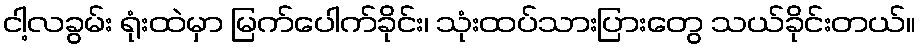
ငါ့လခွမ်း ရုံးထဲမှာ မြက်ပေါက်ခိုင်း၊ သုံးထပ်သားပြားတွေ သယ်ခိုင်းတယ်။